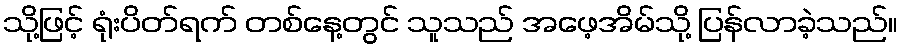
သို့ဖြင့် ရုံးပိတ်ရက် တစ်နေ့တွင် သူသည် အဖေ့အိမ်သို့ ပြန်လာခဲ့သည်။